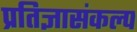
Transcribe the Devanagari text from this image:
प्रतिज्ञासंकल्प